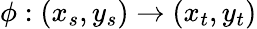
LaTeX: \phi:(x_{s},y_{s})\rightarrow(x_{t},y_{t})